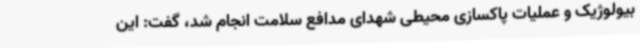
بیولوژیک و عملیات پاکسازی محیطی شهدای مدافع سلامت انجام شد، گفت: این